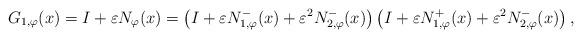
LaTeX: \begin{align*}G_{1, \varphi}(x) = I + \varepsilon N_{\varphi}(x) = \left(I + \varepsilon N_{1,\varphi}^{-}(x) + \varepsilon^2 N_{2,\varphi}^{-}(x)\right) \left(I + \varepsilon N_{1,\varphi}^{+}(x) + \varepsilon^2 N_{2,\varphi}^{-}(x)\right),\end{align*}